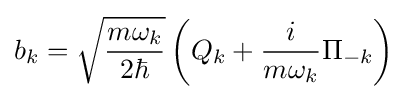
b_{k}={\sqrt {\frac {m\omega _{k}}{2\hbar }}}\left(Q_{k}+{\frac {i}{m\omega _{k}}}\Pi _{-k}\right)